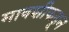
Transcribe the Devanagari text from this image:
मावशीकडून